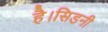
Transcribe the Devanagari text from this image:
है।सिडनी